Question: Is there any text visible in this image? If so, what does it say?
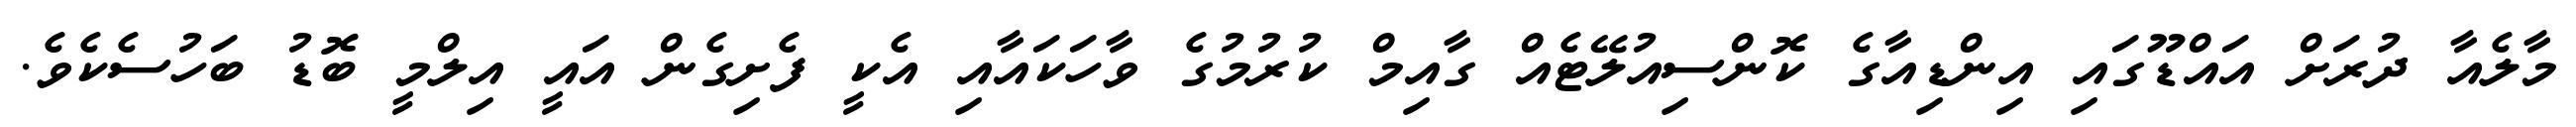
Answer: މާލެއާ ދުރަށް އައްޑޫގައި އިންޑިއާގެ ކޮންސިއުލޭޓެއް ގާއިމް ކުރުމުގެ ވާހަކައާއި އެކީ ފެށިގެން އައީ އިލްމީ ބޮޑު ބަހުސެކެވެ.